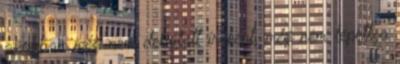
azonban még nem debütált íróként, még nem lépett a